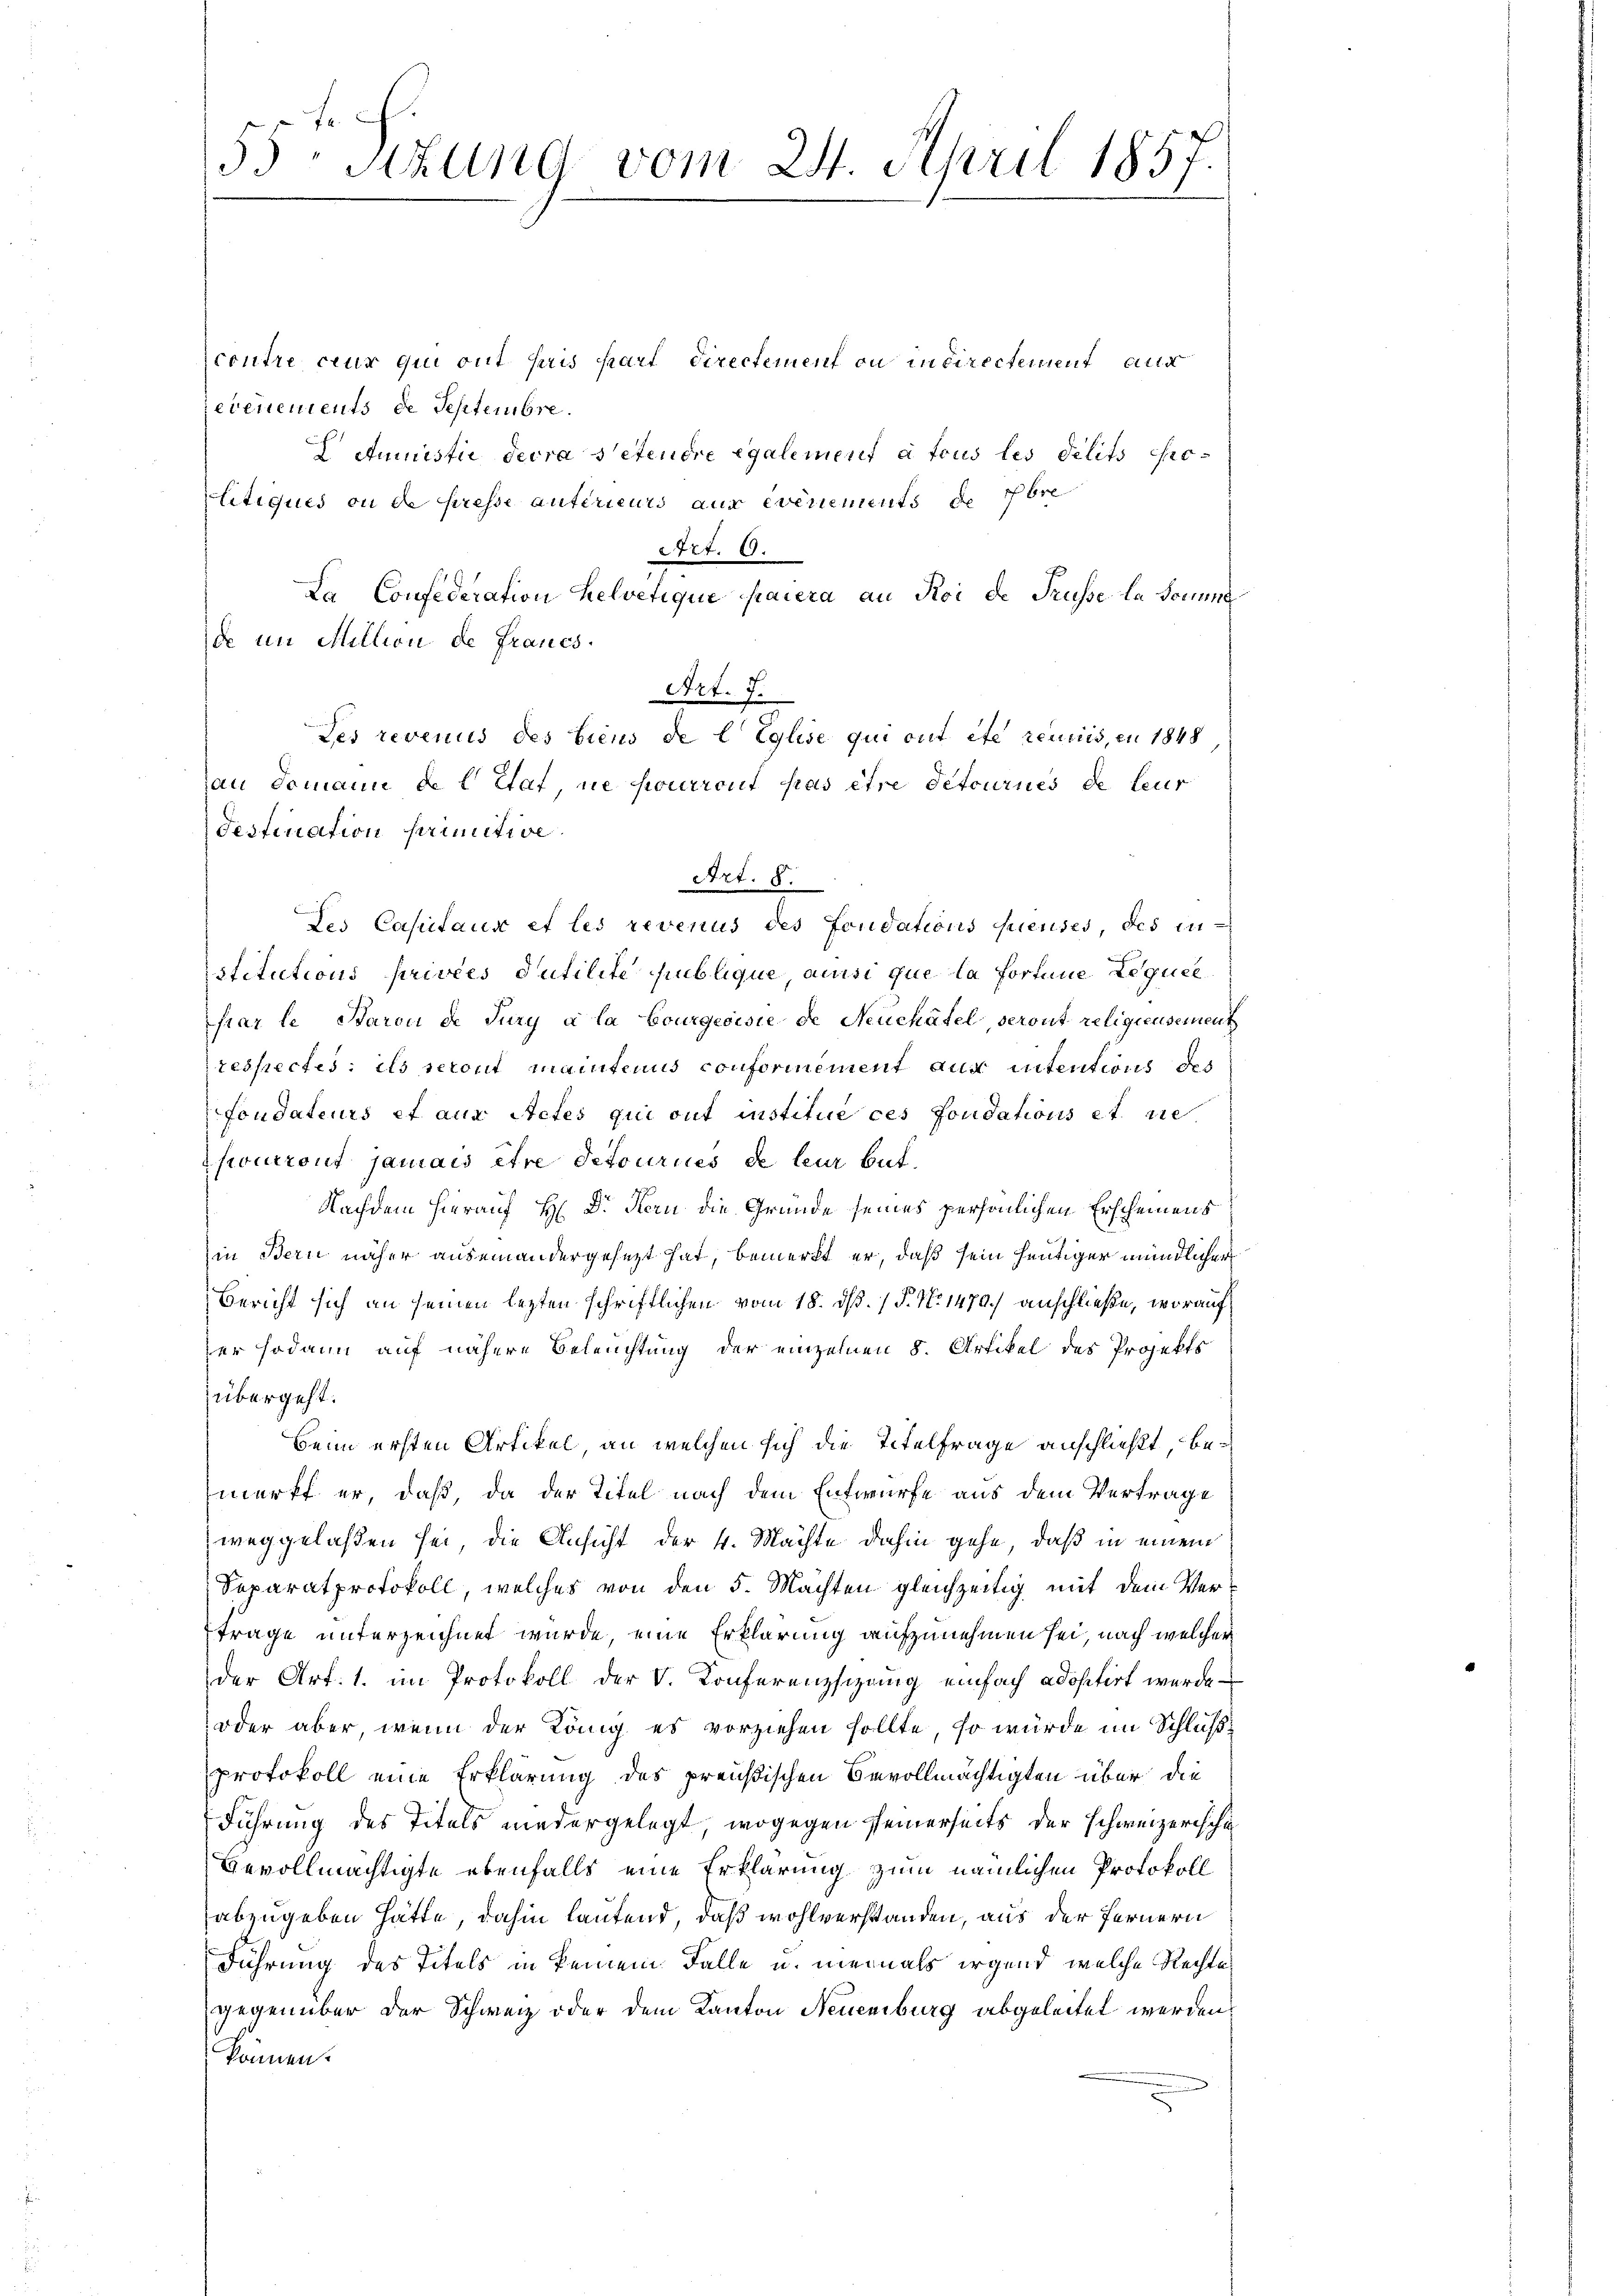
55 Sitzung vom 24. April 1857.

contre ceur qui ont Paris part Directement ou in directement aus
rebenements de Septembre.
Aumistie devra setendre egalement à tous les délits Prolitiques ou de presse antérieurs aus eventements de bre
777. 69.
La Confederation helvetique paiera an Roi de Trüsse la soumis
des Castaus et les revenus des Fondations preuses, des in-
stitutions privées Putilite publique, aussi que la forme Leguel
siar le Baron de Jury a la bourgeoisie de Neuchâtel, seront religieusement
respectes: ils seront maintenus conformnement aux intentions des
Fondateurs et aus Actes qui ont institue ces fouidations et sie
Thourront jamais être detourices de leur but.
Nachdem hierauf H: Dr. Kern die Grunde seines persönlichen Erscheinens
in Bern näher auseinandergesezt hat, bemerkt er, daß sein heutiger mündlicher
Bericht sich an seinen lezten schriftlichen vom 18. ds. (T. No 1470.) anschließe, worauf
zer sodann auf nähere Beleuchtung der einzelnen 8. Artikel des Projekts
übergeht.
beim ersten Artikel, an welchen sich die Titelfrage anschließt, bemerkt er, daß da der Titel nach dem Entwurfe aus dem Vertrage
weggelaßen sei, die Ansicht der 4. Machte dahin gehe, daß in einem
Separatprotokoll, welches von den 5. Machten gleichzeitig mit dem Ver¬
Frage unterzeichnet wurde, eine Erklärung aufzunehmen sei, nach welcher
der Art. 1. im Protokoll der V. Konferenzsizung einfach adositirt wurde
oder aber, wenn der König es vorziehen sollte, so würde im Schlußprotokoll eine Erklärung des preußischen Bevollmächtigten über die
Führung des Titels niedergelegt, wogegen seinerseits der schweizerische
Bevollmächtigte ebenfalls eine Erklärung zum nämlichen Protokoll
abzugeben hätte, dahin lautend, daß wohlverstanden, aus der Fernern
Führung des Titels in keinem Falle u. niemals irgend, welche Rechte
gegenüber der Schweiz oder dem Kanton Neuenburg abgeleitet werden.
können.

Art. 7.
Des revenus des biens de l Eglise qui ont été reuiis, en 1848
an Domaine de l’Etat, ne pourront pas être detournés de teur
destination primitive.

de im Million de Francs.

Art. 8.